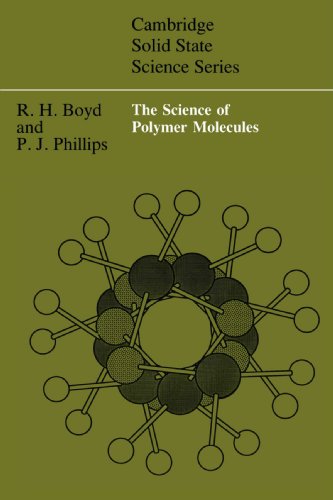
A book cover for The Science of Polymer Molecules (Cambridge Solid State Science Series); Richard H. Boyd; Science & Math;